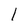
Character: 1